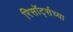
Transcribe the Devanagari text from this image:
रिसॉर्ट्सच्या